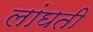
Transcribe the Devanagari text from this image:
लांघती